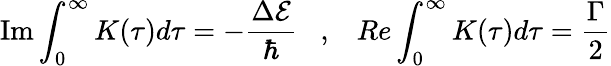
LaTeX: \mathrm{Im}\int_{0}^{\infty}K(\tau)d\tau=-\frac{\Delta\mathcal{E}}{\hbar}\; \; \; ,\; \; \; Re\int_{0}^{\infty}K(\tau)d\tau=\frac{\Gamma}{2}